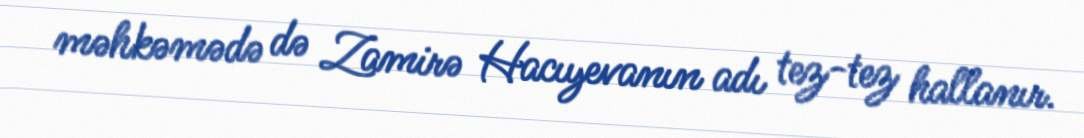
məhkəmədə də Zamirə Hacıyevanın adı tez-tez hallanır.